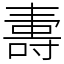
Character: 夀